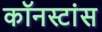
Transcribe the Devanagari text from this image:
कॉनस्टांस